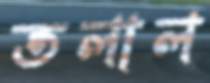
তলাল